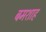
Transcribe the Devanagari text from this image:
बमशाह